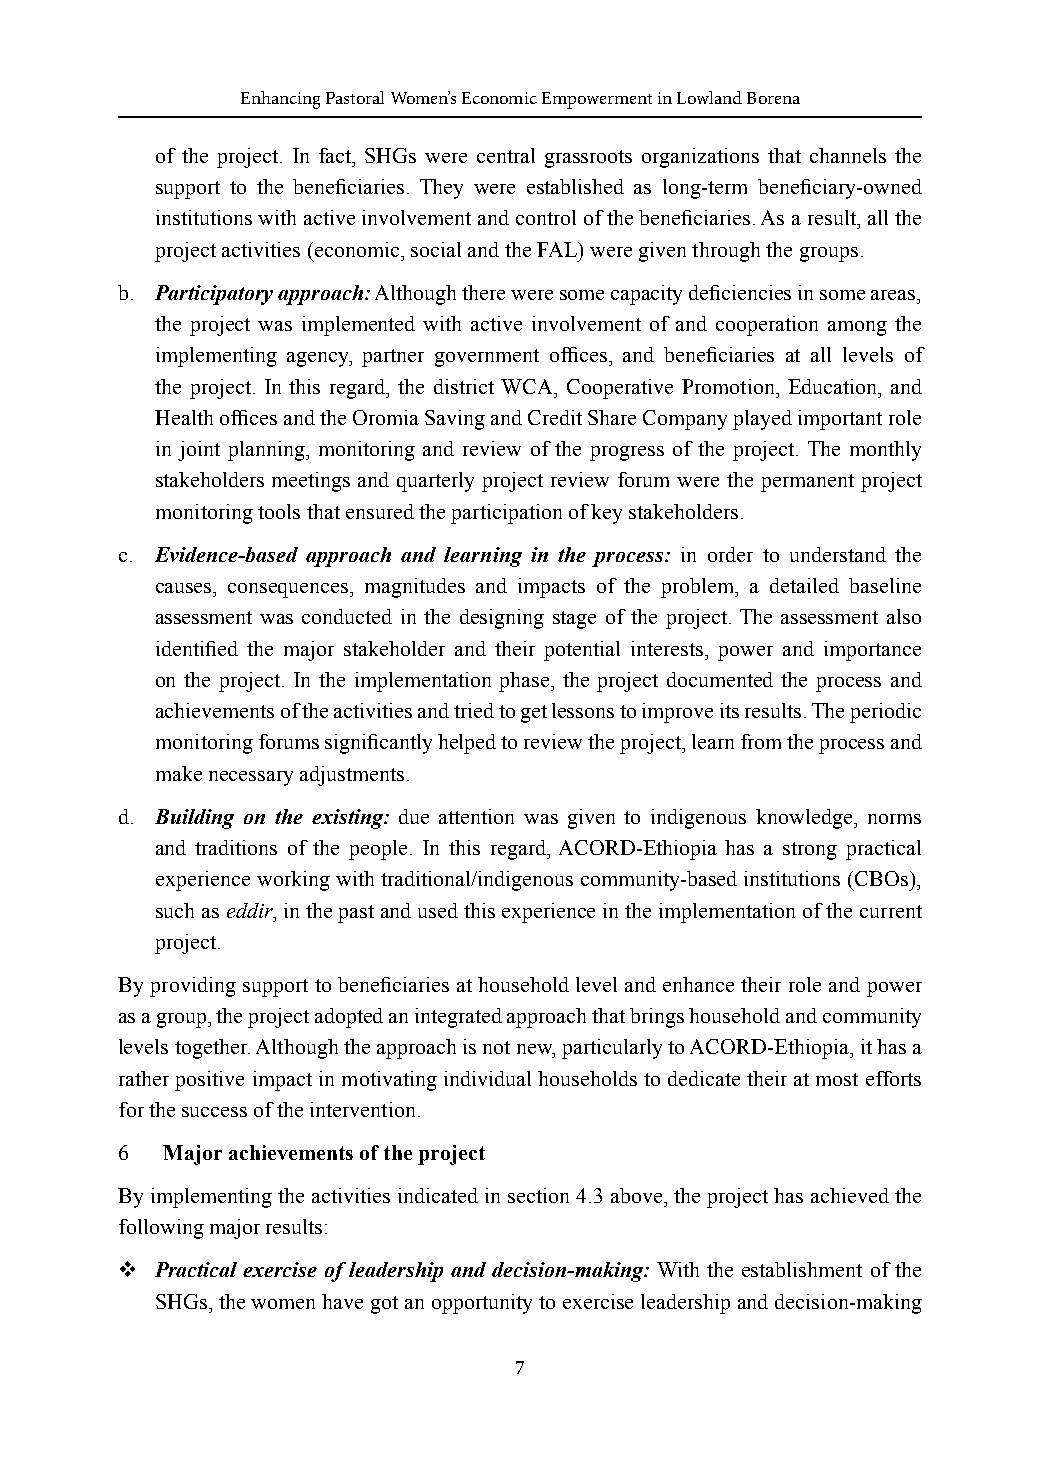
Enhancing Pastoral Women’s Economic Empowerment in Lowland Borena
 of the project. In fact, SHGs were central grassroots organizations that channels the
 support to the beneficiaries. They were established as long-term beneficiary-owned
 institutions with active involvement and control of the beneficiaries. As a result, all the
 project activities (economic, social and the FAL) were given through the groups.
 b. Participatory approach: Although there were some capacity deficiencies in some areas,
 the project was implemented with active involvement of and cooperation among the
 implementing agency, partner government offices, and beneficiaries at all levels of
 the project. In this regard, the district WCA, Cooperative Promotion, Education, and
 Health offices and the Oromia Saving and Credit Share Company played important role
 in joint planning, monitoring and review of the progress of the project. The monthly
 stakeholders meetings and quarterly project review forum were the permanent project
 monitoring tools that ensured the participation of key stakeholders.
 c. Evidence-based approach and learning in the process: in order to understand the
 causes, consequences, magnitudes and impacts of the problem, a detailed baseline
 assessment was conducted in the designing stage of the project. The assessment also
 identified the major stakeholder and their potential interests, power and importance
 on the project. In the implementation phase, the project documented the process and
 achievements of the activities and tried to get lessons to improve its results. The periodic
 monitoring forums significantly helped to review the project, learn from the process and
 make necessary adjustments.
 d. Building on the existing: due attention was given to indigenous knowledge, norms
 and traditions of the people. In this regard, ACORD-Ethiopia has a strong practical
 experience working with traditional/indigenous community-based institutions (CBOs),
 such as eddir, in the past and used this experience in the implementation of the current
 project.
 By providing support to beneficiaries at household level and enhance their role and power
 as a group, the project adopted an integrated approach that brings household and community
 levels together. Although the approach is not new, particularly to ACORD-Ethiopia, it has a
 rather positive impact in motivating individual households to dedicate their at most efforts
 for the success of the intervention.
 6  Major achievements of the project
 By implementing the activities indicated in section 4.3 above, the project has achieved the
 following major results:
  Practical exercise of leadership and decision-making: With the establishment of the
 SHGs, the women have got an opportunity to exercise leadership and decision-making
 7